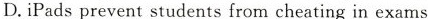
D.iPads prevent students from cheating in exams